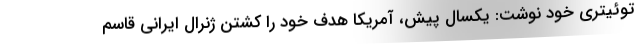
توئیتری خود نوشت: یکسال پیش، آمریکا هدف خود را کشتن ژنرال ایرانی قاسم